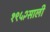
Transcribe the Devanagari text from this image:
१९५२साली